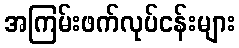
အကြမ်းဖက်လုပ်ငန်းများ